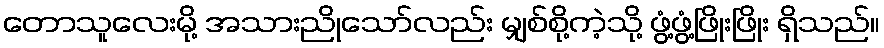
တောသူလေးမို့ အသားညိုသော်လည်း မျှစ်စို့ကဲ့သို့ ဖွံ့ဖွံ့ဖြိုးဖြိုး ရှိသည်။